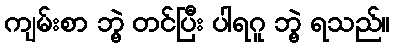
ကျမ်းစာ ဘွဲ့ တင်ပြီး ပါရဂူ ဘွဲ့ ရသည်။